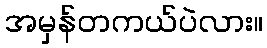
အမှန်တကယ်ပဲလား။